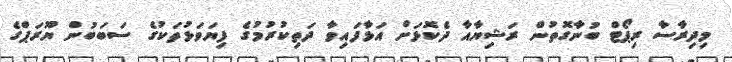
މިދިރާސާ ރިޕޯޓް ބުނާގޮތުން ރަޝިޔާއާ ދެކޮޅަށް އަޅާފައިވާ ދަތިކުރުމުގެ ފިޔަވަޅުތަކުގެ ސަބަބުން ޔޫރަޕްގެ